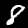
Label: 8